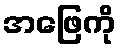
အဖြေကို